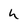
Character: h